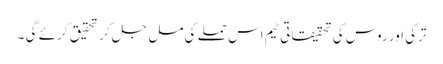
ترکی اور روس کی تحقیقاتی ٹیم اس حملے کی مل جل کر تحقیق کرئے گی ۔